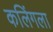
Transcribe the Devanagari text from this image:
कलिंगला